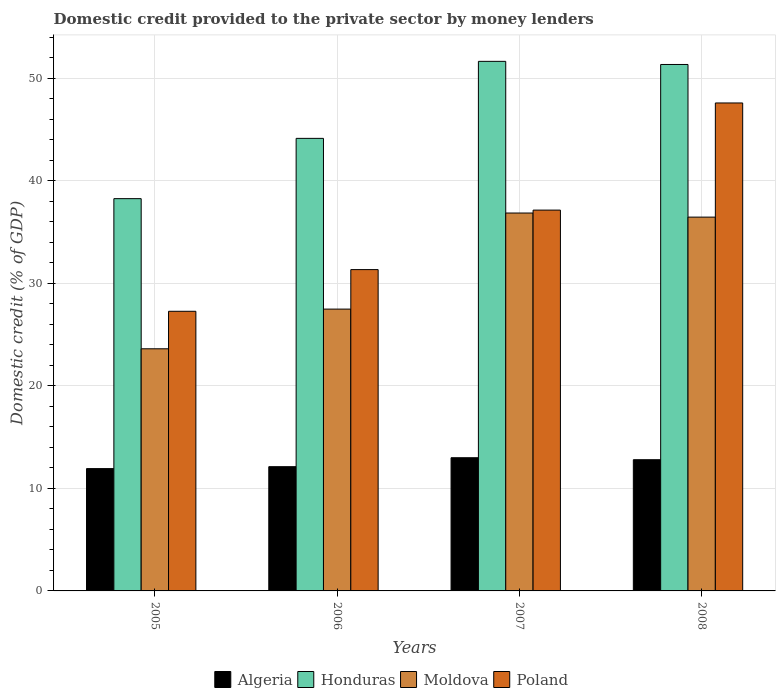
| Years | Algeria | Honduras | Moldova | Poland |
 | --- | --- | --- | --- | --- |
 | 2005 | 11.9 | 38.3 | 23.6 | 27.3 |
 | 2006 | 12.1 | 44.1 | 27.5 | 31.3 |
 | 2007 | 13 | 51.6 | 36.9 | 37.1 |
 | 2008 | 12.8 | 51.3 | 36.5 | 47.6 |